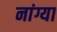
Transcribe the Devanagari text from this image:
नांग्या